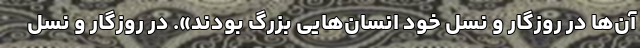
آن‌ها در روزگار و نسل خود انسان‌هایی بزرگ بودند». در روزگار و نسل